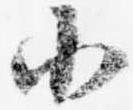
小